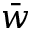
\bar { w }